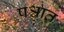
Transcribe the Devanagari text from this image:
पश्चात़